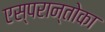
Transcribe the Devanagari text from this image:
एस्परान्तोका